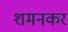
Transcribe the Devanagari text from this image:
शमनकर